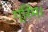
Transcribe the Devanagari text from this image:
ग्रिम।